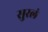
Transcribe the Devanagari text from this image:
सुरलं